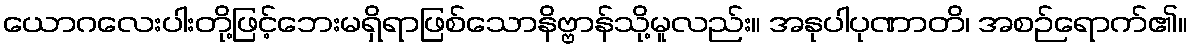
ယောဂလေးပါးတို့ဖြင့်ဘေးမရှိရာဖြစ်သောနိဗ္ဗာန်သို့မူလည်း။ အနုပါပုဏာတိ၊ အစဉ်ရောက်၏။